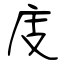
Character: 庋